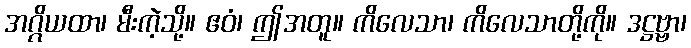
အဂ္ဂိယထာ၊ မီးကဲ့သို့။ ဧဝံ၊ ဤအတူ။ ကိလေသာ၊ ကိလေသာတို့ကို။ ဒဋ္ဌဗ္ဗာ၊